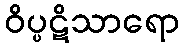
ဝိပ္ပဋိသာရော